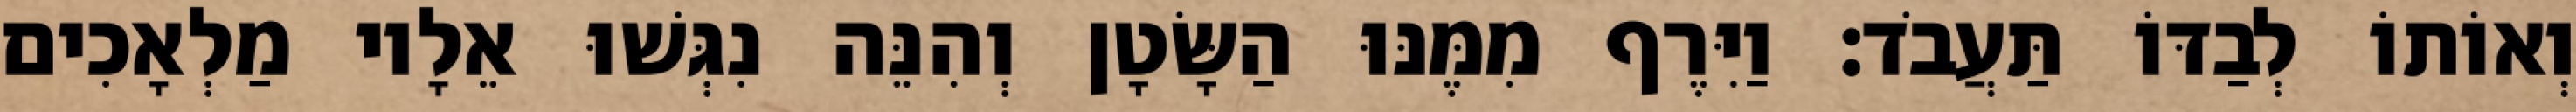
וְאוֹתוֹ לְבַדּוֹ תַּעֲבֹד׃ וַיִּרֶף מִמֶּנּוּ הַשָּׂטָן וְהִנֵּה נִגְּשׁוּ אֵלָיו מַלְאָכִים